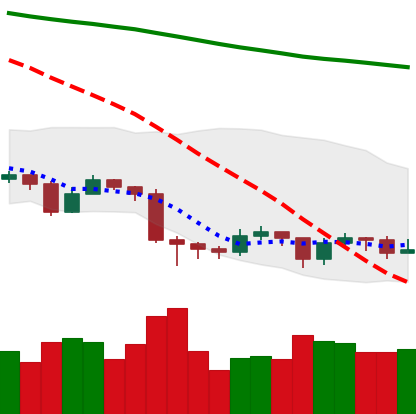
Ticker: EOS-USD
Chart end date: 2019-08-26
Forward return: -7.122%
Label: down_7plus